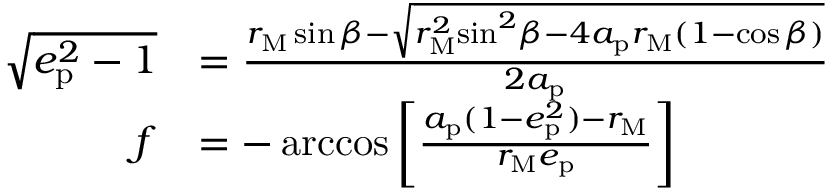
\begin{array} { r l } { \sqrt { { { e } _ { \mathrm { p } } ^ { 2 } } - 1 } } & { = \frac { { { r } _ { \mathrm { M } } } \sin \beta - \sqrt { { r } _ { \mathrm { M } } ^ { 2 } { { \sin } ^ { 2 } } \beta - 4 a _ { \mathrm { p } } { { r } _ { \mathrm { M } } } ( 1 - \cos \beta ) } } { 2 a _ { \mathrm { p } } } } \\ { f } & { = - \operatorname { a r c c o s } \left[ \frac { a _ { \mathrm { p } } ( 1 - { { e } _ { \mathrm { p } } ^ { 2 } } ) - { { r } _ { \mathrm { M } } } } { { { r } _ { \mathrm { M } } } e _ { \mathrm { p } } } \right] } \end{array}